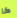
كا